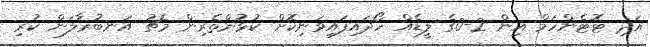
އަދި ޓޮޓެންހަމް އިން 2-0ގެ ލީޑެއް ހޯދައިފައިވަނިކޮށް ކުޅުންތެރިން މެޗު އަނބުރާލަން ކުރި